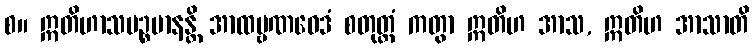
စ။ ဣတိဟာသပဉ္စမာနန္တိ အာထဗ္ဗဏဝေဒံ စတုတ္ထံ ကတွာ ဣတိဟ အာသ, ဣတိဟ အာသာတိ